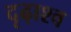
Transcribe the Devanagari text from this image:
दृढ़ाश्व